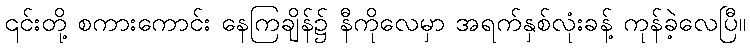
၎င်းတို့ စကားကောင်း နေကြချိန်၌ နီကိုလေမှာ အရက်နှစ်လုံးခန့် ကုန်ခဲ့လေပြီ။